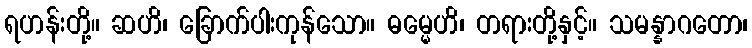
ရဟန်းတို့။ ဆဟိ၊ ခြောက်ပါးကုန်သော။ ဓမ္မေဟိ၊ တရားတို့နှင့်။ သမန္နာဂတော၊